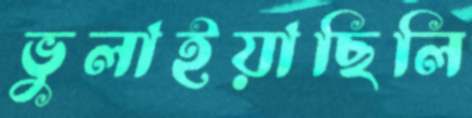
ভুলাইয়াছিলি